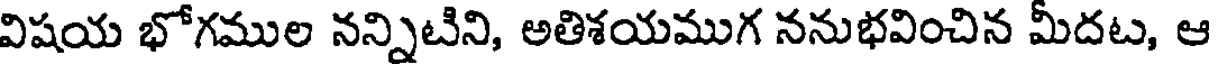
విషయ భోగముల నన్నిటిని, అతిశయముగ ననుభవించిన మీదట, ఆ